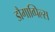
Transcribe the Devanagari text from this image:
डौगाव्पिल्स